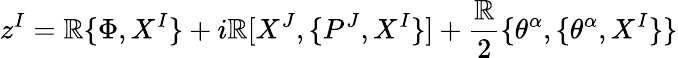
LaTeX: z^{I}=\mathbb{R}\{ \Phi,X^{I}\} +i\mathbb{R}[X^{J},\{ P^{J},X^{I}\} ]+\frac{{\mathbb{R}}}{{2}}\{ \theta^{\alpha},\{ \theta^{\alpha},X^{I}\} \}